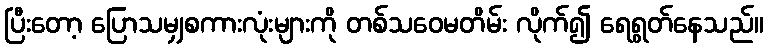
ပြီးတော့ ပြောသမျှစကားလုံးများကို တစ်သဝေမတိမ်း လိုက်၍ ရေရွတ်နေသည်။